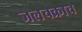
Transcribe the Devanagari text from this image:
जलचक्राचे